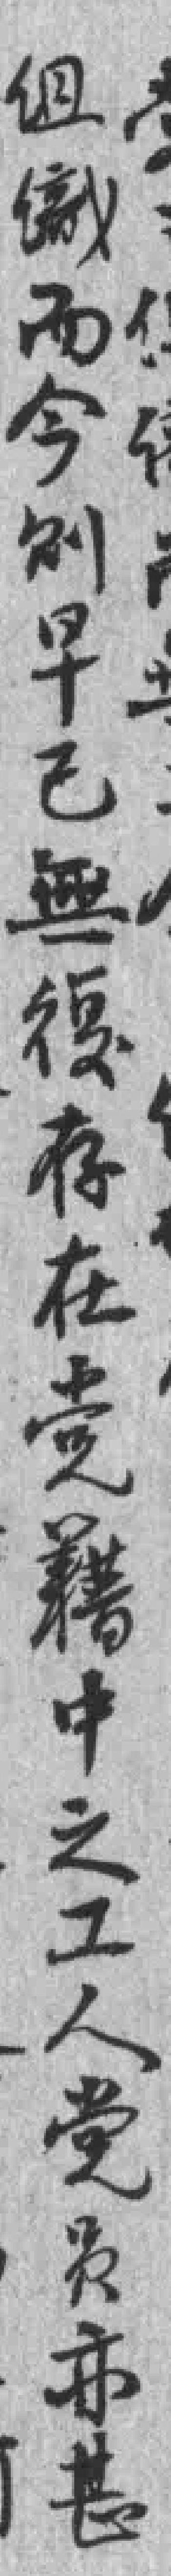
组織而今则早已無復存在党藉中之工人党员亦甚